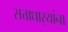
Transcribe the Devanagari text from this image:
सत्ताधार्‍यांना